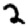
Digit: 2